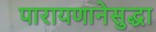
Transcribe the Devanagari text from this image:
पारायणानेसुद्धा